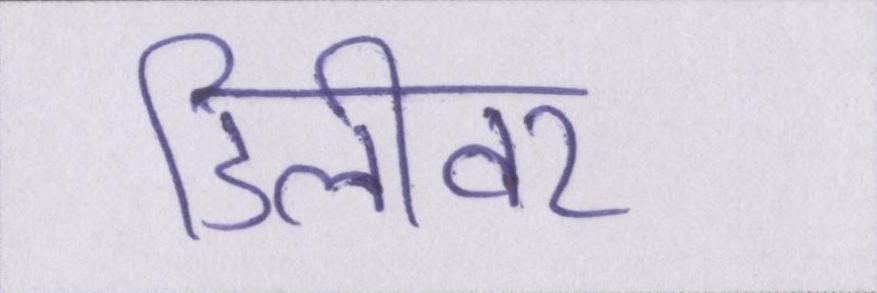
डिलीवर